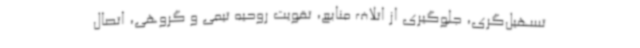
تسهیل‌گری، جلوگیری از اتلاف منابع، تقویت روحیه تیمی و گروهی، اتصال